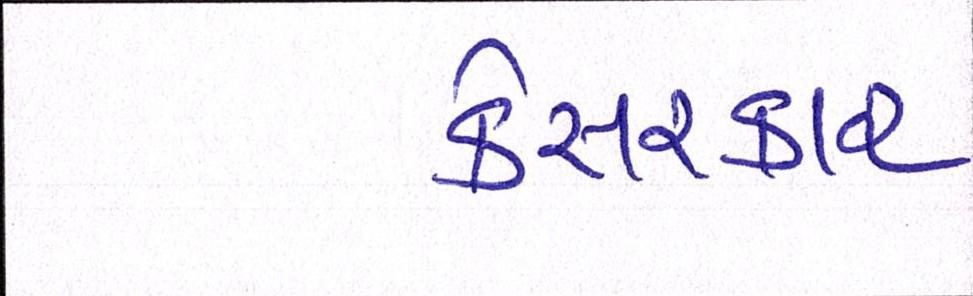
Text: કેસરકાર